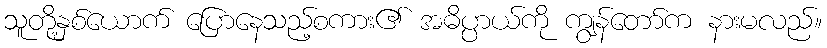
သူတို့နှစ်ယောက် ပြောနေသည့်စကား၏ အဓိပ္ပာယ်ကို ကျွန်တော်က နားမလည်။